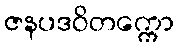
ဇနပဒဝိတက္ကော